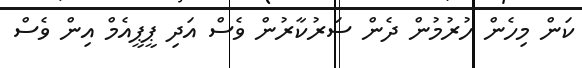
ކަން މިހެން ހުރުމުން ދެން ސަރުކާރުން ވެސް އަދި ޕީޕީއެމް އިން ވެސް